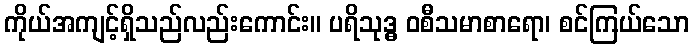
ကိုယ်အကျင့်ရှိသည်လည်းကောင်း။ ပရိသုဒ္ဓ ဝစီသမာစာရော၊ စင်ကြယ်သော